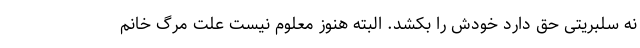
نه سلبریتی حق دارد خودش را بکشد. البته هنوز معلوم نیست علت مرگ خانم